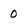
Character: 0